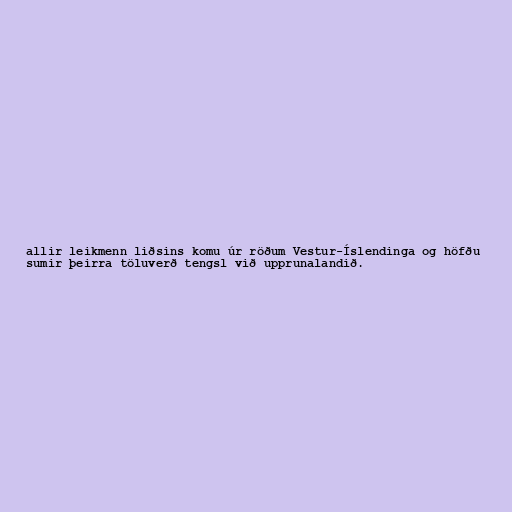
allir leikmenn liðsins komu úr röðum Vestur-Íslendinga og höfðu
sumir þeirra töluverð tengsl við upprunalandið.